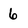
Character: 6